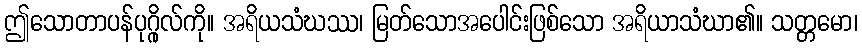
ဤသောတာပန်ပုဂ္ဂိုလ်ကို။ အရိယသံဃဿ၊ မြတ်သောအပေါင်းဖြစ်သော အရိယာသံဃာ၏။ သတ္တမော၊